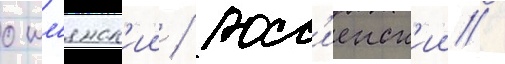
ошм'янск'ии / росс'иенск'ии /